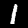
Digit: 1